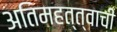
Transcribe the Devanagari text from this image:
अतिमहत्त्वाची